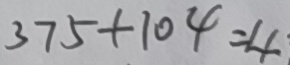
3 7 5 + 1 0 4 = 4